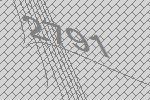
2791